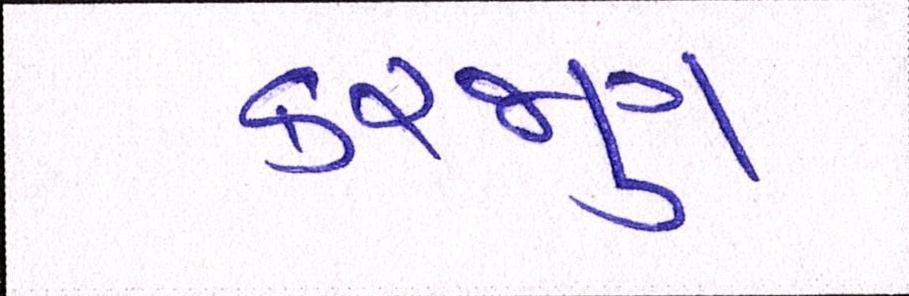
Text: કરજણ